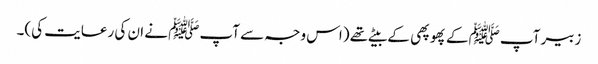
زبیر آپﷺ کے پھوپھی کے بیٹے تھے (اس وجہ سے آپﷺ نے ان کی رعایت کی)۔